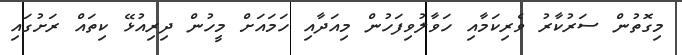
މިގޮތުން ސަރުކާރު ވެރިކަމާއި ހަވާލުވިފަހުން މިއަދާއި ހަމައަށް މީހުން ދިރިއުޅޭ ކިތައް ރަށުގައި